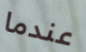
عندما